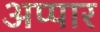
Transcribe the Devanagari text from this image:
अप्पार